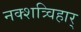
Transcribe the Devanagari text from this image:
नक्शत्र्विहार्